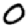
Digit: 0